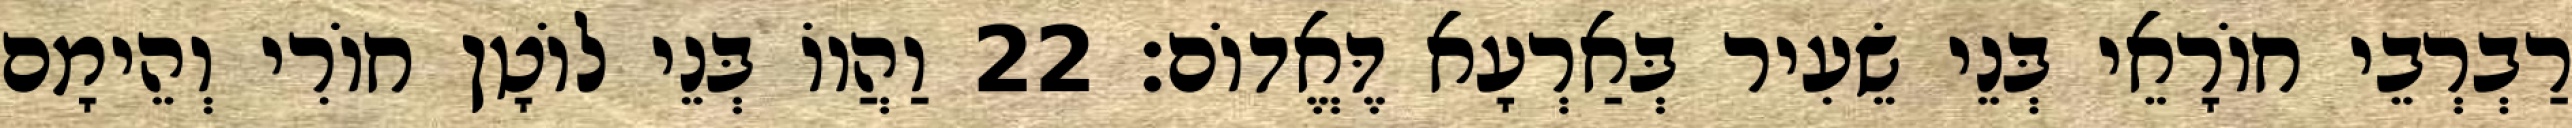
רַבְרְבֵי חוֹרָאֵי בְּנֵי שֵׂעִיר בְּאַרְעָא דֶּאֱדוֹם׃ 22 וַהֲווֹ בְּנֵי לוֹטָן חוֹרִי וְהֵימָם